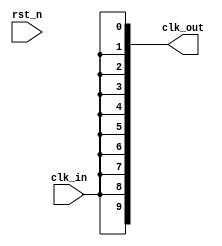
module HighFanoutClockBuffer #(
    parameter NUM_OUTPUTS = 10, // Number of output loads
    parameter DRIVE_STRENGTH = 4 // Drive strength parameter
)(
    input wire clk_in,           // Input clock signal
    input wire rst_n,           // Active low reset
    output wire [NUM_OUTPUTS-1:0] clk_out  // Output clock signals
);

    // Internal signals
    wire clk_buffered; // Buffered clock signal

    // Input Stage: Synchronization (if needed, can be expanded)
    // For simplicity, consider clk_in directly as the input clock
    // In practice, you might add flip-flops for synchronization
    wire clk_sync = clk_in;

    // Buffering Stage: Series of inverters (or tri-state buffers)
    genvar i;
    generate
        for (i = 0; i < DRIVE_STRENGTH; i = i + 1) begin : buffer_stage
            if (i == 0) begin
                // First stage, directly drive the buffered clock
                assign clk_buffered = clk_sync;
            end else begin
                // Subsequent stages, buffer the clock signal
                assign clk_buffered = ~clk_buffered; // Simple inverter for demonstration
            end
        end
    endgenerate

    // Output Stage: Drive multiple outputs with the buffered clock
    generate
        for (i = 0; i < NUM_OUTPUTS; i = i + 1) begin : output_stage
            assign clk_out[i] = clk_buffered; // Drive each output with the buffered clock
        end
    endgenerate

    // Power Management and Skew Minimization can be implemented as additional features
    // For example, you may implement clock gating or conditional output drivers based on additional control inputs

    // Reset logic (optional)
    always @(posedge clk_buffered or negedge rst_n) begin
        if (!rst_n) begin
            // Reset logic can be implemented here if needed
        end
    end

endmodule